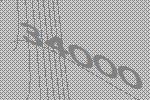
34000